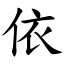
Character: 依